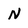
Character: N